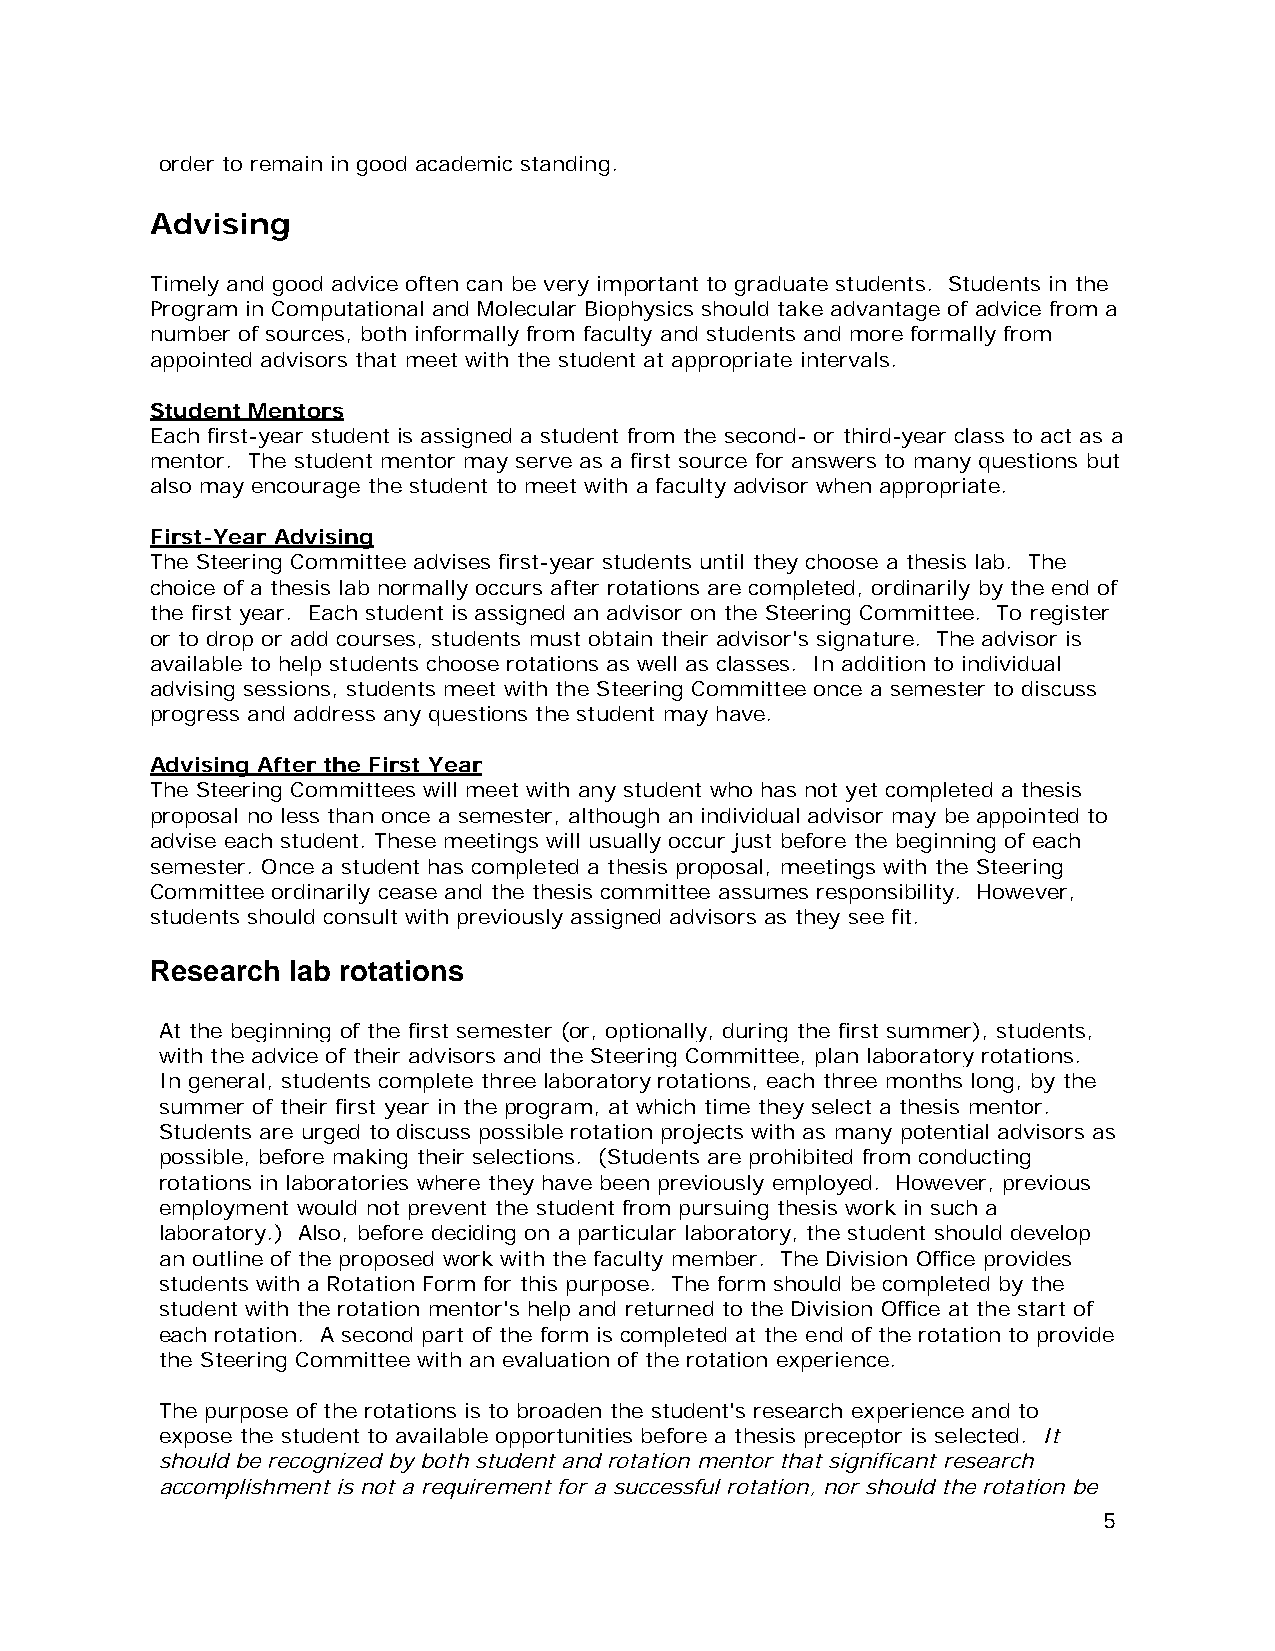
order to remain in good academic standing.
 Advising
 Timely and good advice often can be very important to graduate students. Students in the
 Program in Computational and Molecular Biophysics should take advantage of advice from a
 number of sources, both informally from faculty and students and more formally from
 appointed advisors that meet with the student at appropriate intervals.
 Student Mentors
 Each first-year student is assigned a student from the second- or third-year class to act as a
 mentor. The student mentor may serve as a first source for answers to many questions but
 also may encourage the student to meet with a faculty advisor when appropriate.
 First-Year Advising
 The Steering Committee advises first-year students until they choose a thesis lab. The
 choice of a thesis lab normally occurs after rotations are completed, ordinarily by the end of
 the first year. Each student is assigned an advisor on the Steering Committee. To register
 or to drop or add courses, students must obtain their advisor's signature. The advisor is
 available to help students choose rotations as well as classes. In addition to individual
 advising sessions, students meet with the Steering Committee once a semester to discuss
 progress and address any questions the student may have.
 Advising After the First Year
 The Steering Committees will meet with any student who has not yet completed a thesis
 proposal no less than once a semester, although an individual advisor may be appointed to
 advise each student. These meetings will usually occur just before the beginning of each
 semester. Once a student has completed a thesis proposal, meetings with the Steering
 Committee ordinarily cease and the thesis committee assumes responsibility. However,
 students should consult with previously assigned advisors as they see fit.
 Research lab rotations
 At the beginning of the first semester (or, optionally, during the first summer), students,
 with the advice of their advisors and the Steering Committee, plan laboratory rotations.
 In general, students complete three laboratory rotations, each three months long, by the
 summer of their first year in the program, at which time they select a thesis mentor.
 Students are urged to discuss possible rotation projects with as many potential advisors as
 possible, before making their selections. (Students are prohibited from conducting
 rotations in laboratories where they have been previously employed. However, previous
 employment would not prevent the student from pursuing thesis work in such a
 laboratory.) Also, before deciding on a particular laboratory, the student should develop
 an outline of the proposed work with the faculty member. The Division Office provides
 students with a Rotation Form for this purpose. The form should be completed by the
 student with the rotation mentor's help and returned to the Division Office at the start of
 each rotation. A second part of the form is completed at the end of the rotation to provide
 the Steering Committee with an evaluation of the rotation experience.
 The purpose of the rotations is to broaden the student's research experience and to
 expose the student to available opportunities before a thesis preceptor is selected. It
 should be recognized by both student and rotation mentor that significant research
 accomplishment is not a requirement for a successful rotation, nor should the rotation be
 5